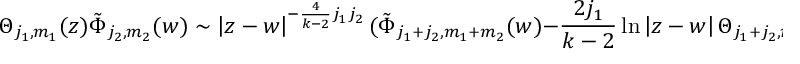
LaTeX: \Theta _ { j _ { 1 } , m _ { 1 } } ( z ) \tilde { \Phi } _ { j _ { 2 } , m _ { 2 } } ( w ) \sim \left| z - w \right| ^ { - \frac 4 { k - 2 } j _ { 1 } j _ { 2 } } ( \tilde { \Phi } _ { j _ { 1 } + j _ { 2 } , m _ { 1 } + m _ { 2 } } ( w ) - \frac { 2 j _ { 1 } } { k - 2 } \ln \left| z - w \right| \Theta _ { j _ { 1 } + j _ { 2 } , m _ { 1 } + m _ { 2 } } ( w ) ) + . . .